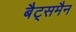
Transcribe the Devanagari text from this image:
बैट्समैन